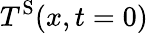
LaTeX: T^{\mathrm{S}}(x,t=0)